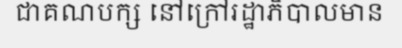
ជាគណបក្ស នៅក្រៅរដ្ឋាភិបាលមាន